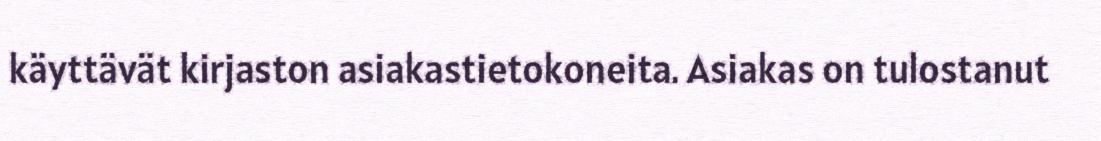
käyttävät kirjaston asiakastietokoneita. Asiakas on tulostanut